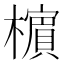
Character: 㯽